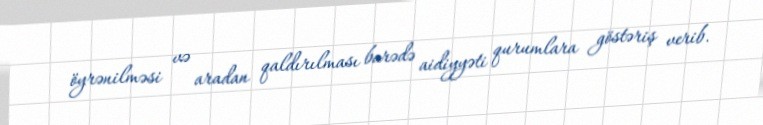
öyrənilməsi və aradan qaldırılması barədə aidiyyəti qurumlara göstəriş verib.